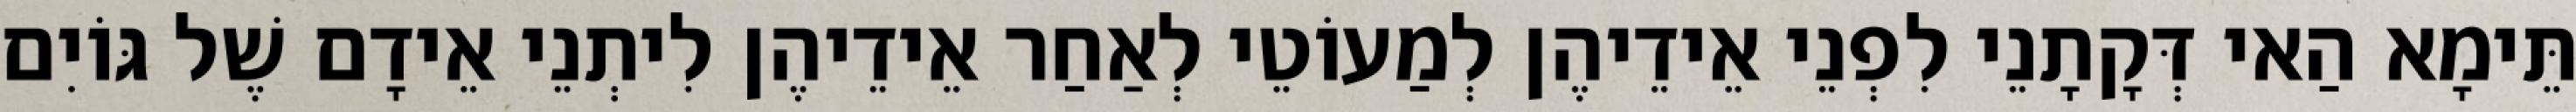
תֵּימָא הַאי דְּקָתָנֵי לִפְנֵי אֵידֵיהֶן לְמַעוֹטֵי לְאַחַר אֵידֵיהֶן לִיתְנֵי אֵידָם שֶׁל גּוֹיִם